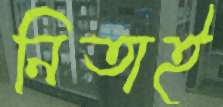
নিতাই